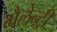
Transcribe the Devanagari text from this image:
गैलेन्ट्री